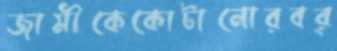
জামীকেকোটানোরবর্